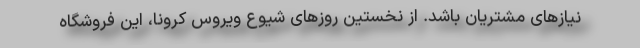
نیازهای مشتریان باشد. از نخستین روزهای شیوع ویروس کرونا، این فروشگاه